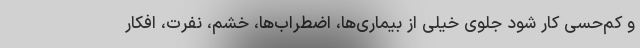
و کم‌حسی کار شود جلوی خیلی از بیماری‌ها، اضطراب‌ها، خشم، نفرت، افکار